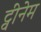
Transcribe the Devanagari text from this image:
ट्वीनेम